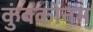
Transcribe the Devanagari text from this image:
कुंबकोनम्